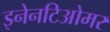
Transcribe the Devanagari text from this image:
इनेनटिओमर